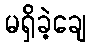
မရှိခဲ့ချေ